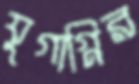
যুগাগ্নির